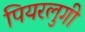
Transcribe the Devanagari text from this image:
पियरलुगी